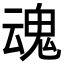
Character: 魂